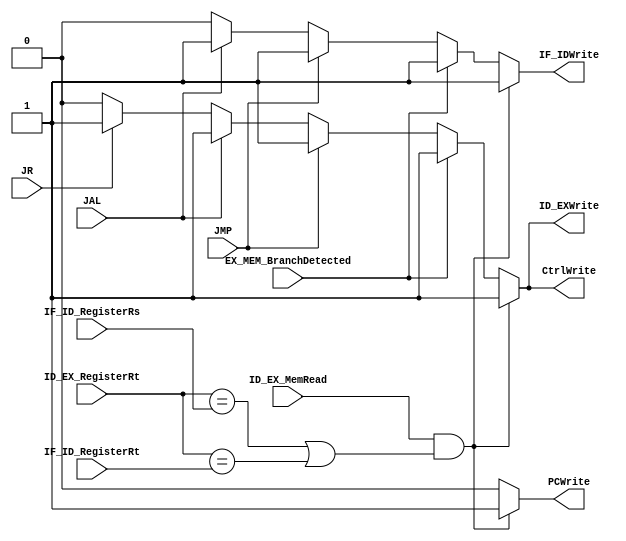
module HazardDetection
(
	input ID_EX_MemRead,
	input EX_MEM_BranchDetected,
	input JMP,
	input JAL,
	input JR,
	input [4:0] ID_EX_RegisterRt,
	input [4:0] IF_ID_RegisterRt,
	input [4:0] IF_ID_RegisterRs,
	output reg PCWrite,
	output reg IF_IDWrite,
	output reg ID_EXWrite,
	output reg CtrlWrite
);



always@(*) 
	begin
	///// HazardDetection Load Word
		if (ID_EX_MemRead &&(ID_EX_RegisterRt == IF_ID_RegisterRs
			|| ID_EX_RegisterRt == IF_ID_RegisterRt))
			begin
				ID_EXWrite = 1'b1;
				IF_IDWrite = 1'b1;
				PCWrite    = 1'b1;
				CtrlWrite  = 1'b1;
			end
			
		//// HazardDetection for branches
		else if(EX_MEM_BranchDetected == 1)
		begin 
			ID_EXWrite = 1'b1;
			IF_IDWrite = 1'b1;
			PCWrite    = 1'b0;
			CtrlWrite  = 1'b1;
		end
		/// JMP dtected
		else if(JMP)
		begin 
			ID_EXWrite = 1'b1;
			IF_IDWrite = 1'b1;
			PCWrite    = 1'b0;
			CtrlWrite  = 1'b1;
		end			
		//JAL
		else if(JAL)
		begin 
			ID_EXWrite = 1'b1;
			IF_IDWrite = 1'b1;
			PCWrite    = 1'b0;
			CtrlWrite  = 1'b1;
		end
		//JR
		else if(JR)
		begin 
			ID_EXWrite = 1'b1;
			IF_IDWrite = 1'b0;
			PCWrite    = 1'b0;
			CtrlWrite  = 1'b1;
		end		
		else
		begin
			ID_EXWrite = 1'b0;
			IF_IDWrite = 1'b0;
			PCWrite    = 1'b0;
			CtrlWrite  = 1'b0;		
		end 
	end
endmodule